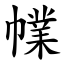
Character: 㡤